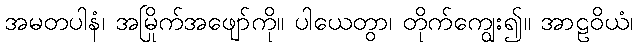
အမတပါနံ၊ အမြိုက်အဖျော်ကို။ ပါယေတွာ၊ တိုက်ကျွေး၍။ အာဠဝိယံ၊